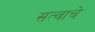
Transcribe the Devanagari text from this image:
सत्वाचे